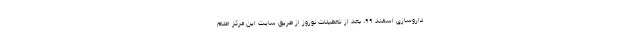
داروسازی اسفند ۹۹، بعد از تعطیلات نوروز از طریق سایت این مرکز اعلام